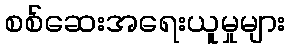
စစ်ဆေးအရေးယူမှုများ